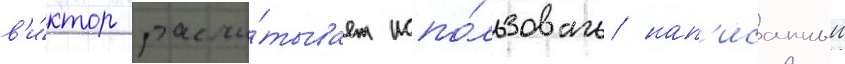
в'и́ктор рассчи́тывает испо́льзовать нап'исанныи